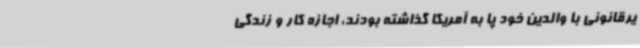
یرقانونی با والدین خود پا به آمریکا گذاشته بودند، اجازه کار و زندگی